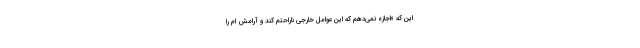
این که «اجازه نمی‌دهم که این عوامل خارجی ناراحتم کند و آرامش ام را